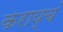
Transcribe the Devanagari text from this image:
कराय्चं